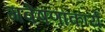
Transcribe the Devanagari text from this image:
गवेषणाकार्य